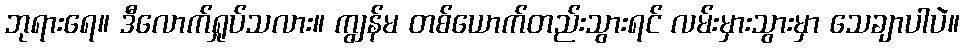
ဘုရားရေ။ ဒီလောက်ရှုပ်သလား။ ကျွန်မ တစ်ယောက်တည်းသွားရင် လမ်းမှားသွားမှာ သေချာပါပဲ။